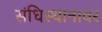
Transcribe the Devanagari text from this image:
संधिस्थानावर